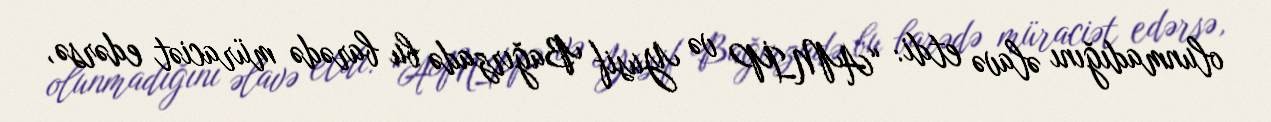
olunmadığını əlavə etdi: “AMİP və Yusif Bağırzadə bu barədə müraciət edərsə,